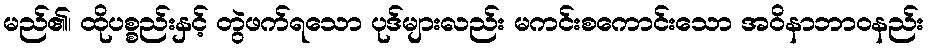
မည်၏၊ ထိုပစ္စည်းနှင့် တွဲဖက်ရသော ပုဒ်များလည်း မကင်းစကောင်းသော အဝိနာဘာဝနည်း